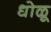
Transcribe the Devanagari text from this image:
धोळू